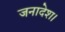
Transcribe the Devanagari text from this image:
जनादेश।